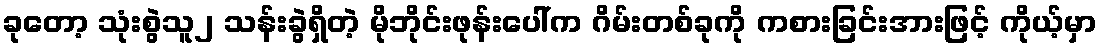
ခုတော့ သုံးစွဲသူ၂ သန်းခွဲရှိတဲ့ မိုဘိုင်းဖုန်းပေါ်က ဂိမ်းတစ်ခုကို ကစားခြင်းအားဖြင့် ကိုယ့်မှာ